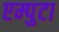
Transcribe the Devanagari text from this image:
एम्पुटा